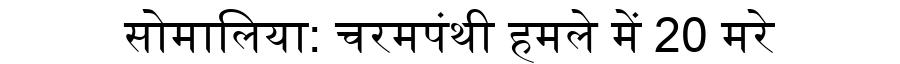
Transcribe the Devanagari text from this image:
सोमालिया: चरमपंथी हमले में 20 मरे